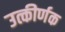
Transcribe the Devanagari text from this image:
उत्कीर्णक